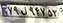
۷۹ل۹۴۷۵۳